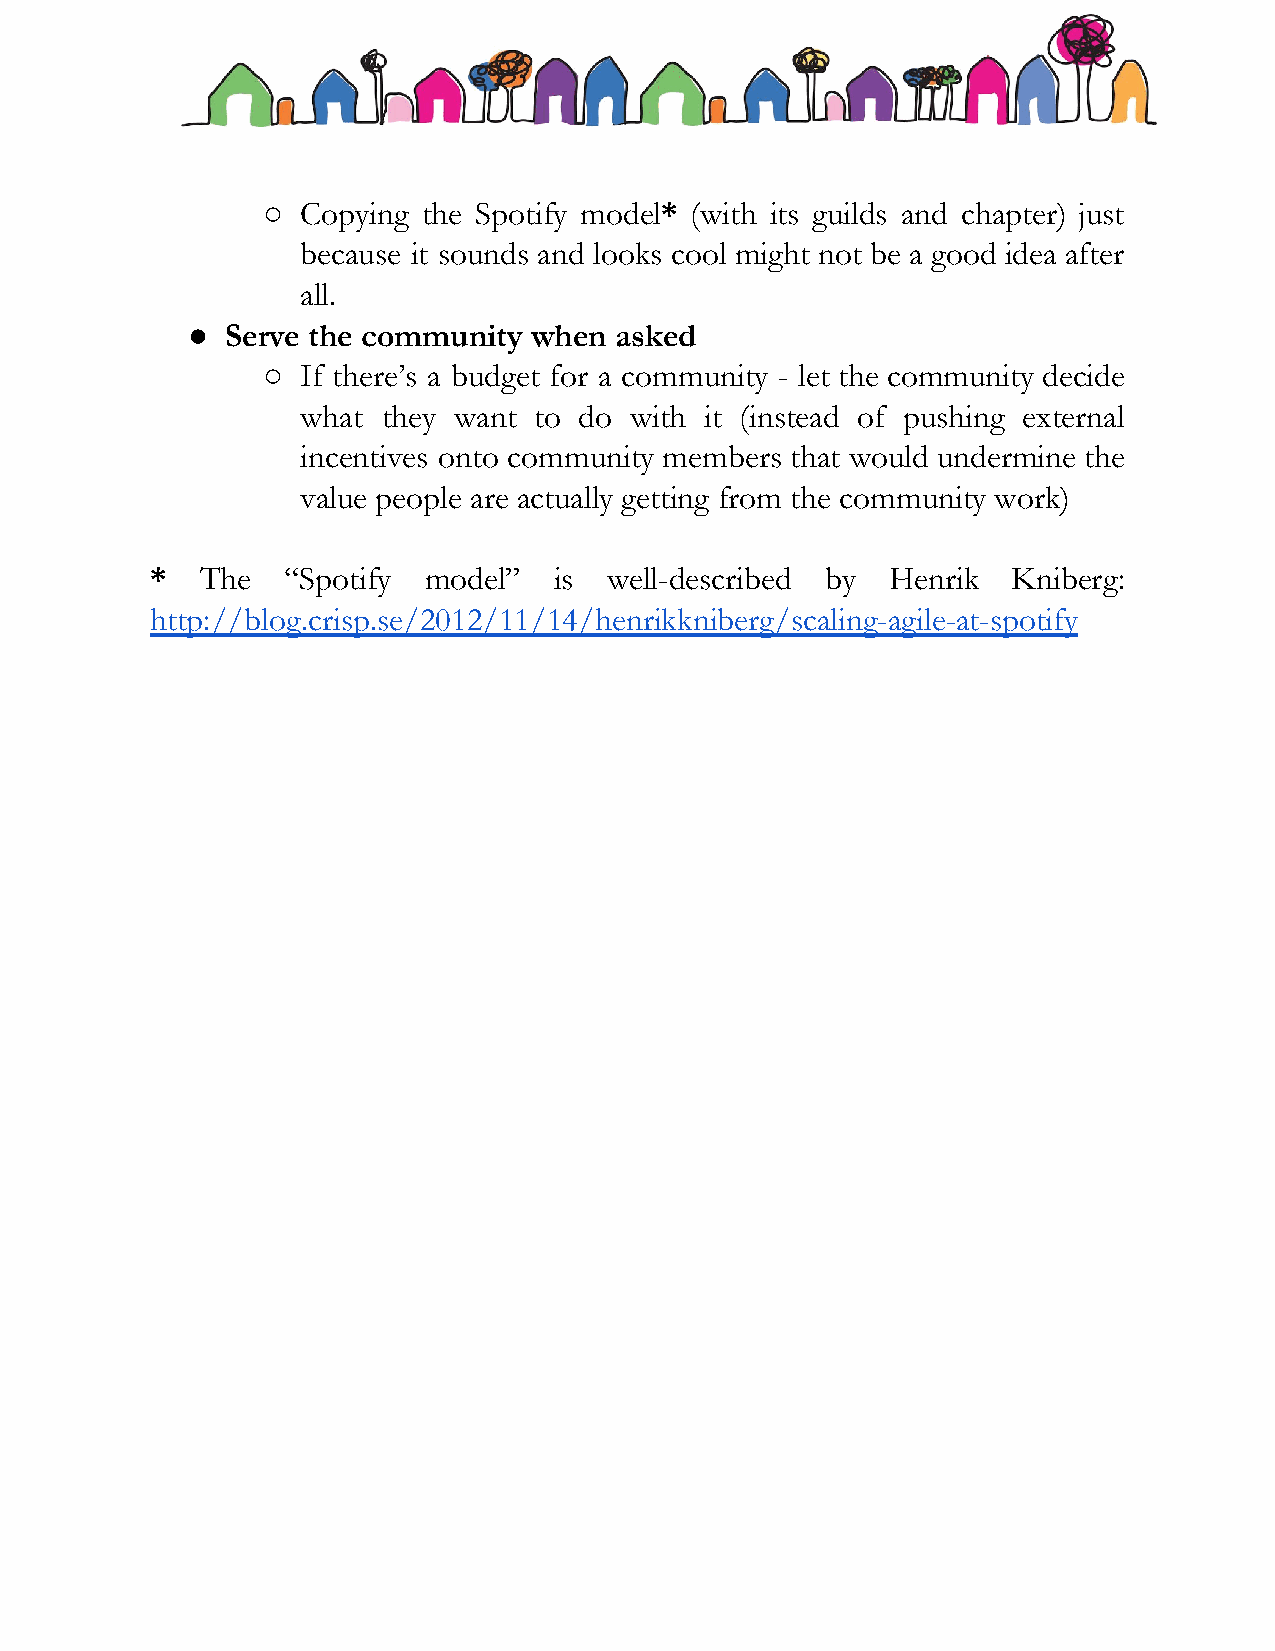
○  Copying the Spotify model* (with its guilds and chapter) just
 ​
 because it sounds and looks cool might not be a good idea after
 all.
 ●  Serve the community when  asked
 ○  If there’s a budget for a community - let the community decide
 ​
 what they want to do  with it (instead of pushing external
 incentives onto community members that would undermine the
 value people are actually getting from the community work)
 *  The   “Spotify model”   is well-described by  Henrik  Kniberg:
 http://blog.crisp.se/2012/11/14/henrikkniberg/scaling-agile-at-spotify